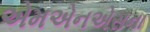
એમએનએસના